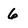
Character: 6